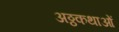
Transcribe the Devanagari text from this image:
अठ्ठकथाओं